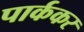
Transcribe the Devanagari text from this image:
पार्ककर